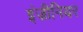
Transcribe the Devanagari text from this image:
इंज़ीनियर